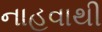
નાહવાથી